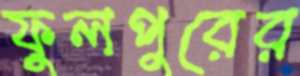
ফুলপুরের